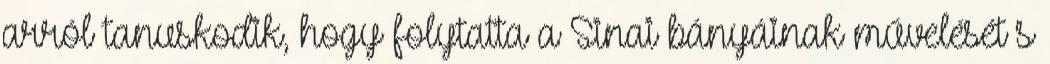
arról tanuskodik, hogy folytatta a Sinai bányáinak művelését s